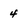
Character: 4